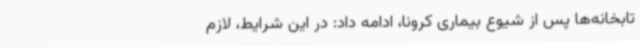
تابخانه‌ها پس از شیوع بیماری کرونا، ادامه داد: در این شرایط، لازم